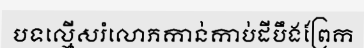
បទល្មើសរំលោភកាន់កាប់ដីបឹងព្រែក